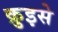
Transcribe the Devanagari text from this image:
क्रुइसे